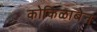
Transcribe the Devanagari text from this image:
कोकिळाबेन